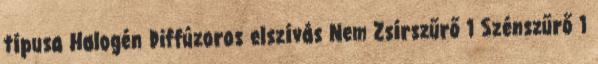
típusa Halogén Diffúzoros elszívás Nem Zsírszűrő 1 Szénszűrő 1